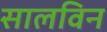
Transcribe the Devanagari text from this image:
सालविन